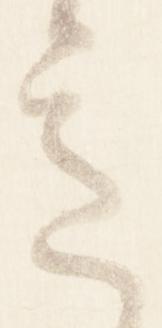
意